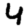
Digit: 4